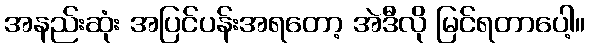
အနည်းဆုံး အပြင်ပန်းအရတော့ အဲဒီလို မြင်ရတာပေါ့။